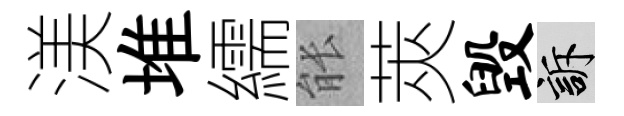
渼堆繻䏻莢毁訴